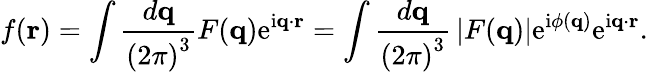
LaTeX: f(\mathbf{r})=\int{\frac{d\mathbf{q}}{\left(2\pi\right)^{3}}}F(\mathbf{q})\mathrm{e}^{\mathrm{i}\mathbf{q}\cdot\mathbf{r}}=\int{\frac{d\mathbf{q}}{\left(2\pi\right)^{3}}}\left|F(\mathbf{q})\right|\mathrm{e}^{\mathrm{i}\phi(\mathbf{q})}\mathrm{e}^{\mathrm{i}\mathbf{q}\cdot\mathbf{r}}.